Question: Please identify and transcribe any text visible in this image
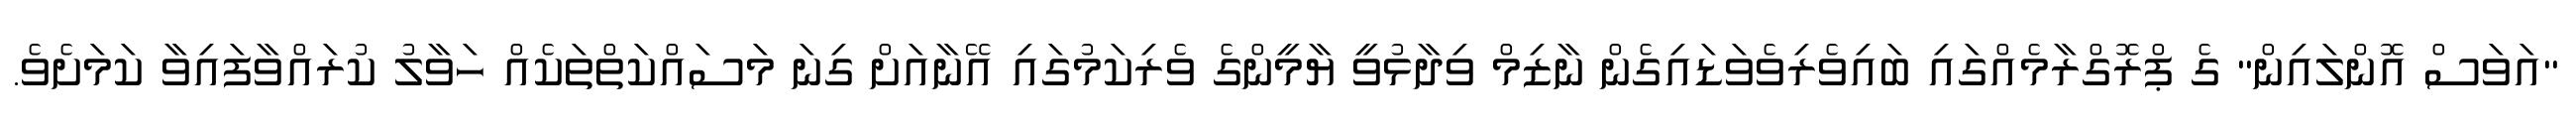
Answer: "އަވަސް އޮންލައިން" ގެ ޕްރޮގްރާމެއްގައި ބައިވެރިވެވަޑައިގެން ނާޒިމް ވިދާޅުވީ ޔާމީންގެ ވެރިކަމުގައި އޭނާއަށް ގިނަ މަސައްކަތްތަކެއް ހަވާލު ކުރައްވާފައިވާ ކަމަށެވެ.